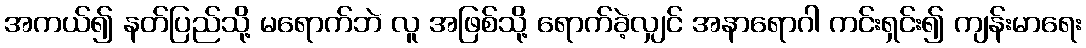
အကယ်၍ နတ်ပြည်သို့ မရောက်ဘဲ လူ အဖြစ်သို့ ရောက်ခဲ့လျှင် အနာရောဂါ ကင်းရှင်း၍ ကျန်းမာရေး